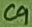
Text: C9